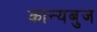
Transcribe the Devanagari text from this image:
कान्यबुज